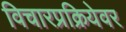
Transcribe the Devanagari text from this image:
विचारप्रक्रियेवर